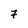
Character: 7